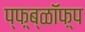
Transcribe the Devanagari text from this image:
प्फ़़्ब्ळॉफ़्प